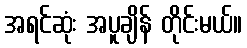
အရင်ဆုံး အပူချိန် တိုင်းမယ်။